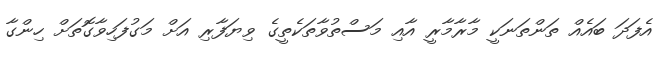
އެފަދަ ބައެއް ތަންތަނަކީ މާރާމާރީ އާއި މަސްތުވާތަކެތީގެ ވިޔަފާރި އަށް މަގުފަހިވާގޮތަށް ހިންގާ